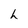
Character: h